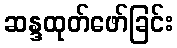
ဆန္ဒထုတ်ဖော်ခြင်း